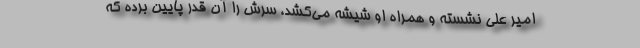
امیر علی نشسته و همراه او شیشه می‌کشد، سرش را آن قدر پایین برده که